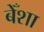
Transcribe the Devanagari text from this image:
बेँशा